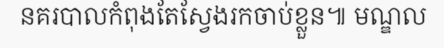
នគរបាលកំពុងតែស្វែងរកចាប់ខ្លួន៕ មណ្ឌល